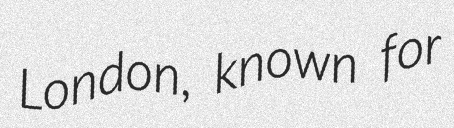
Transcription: London, known for